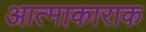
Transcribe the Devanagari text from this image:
आत्माकाराक